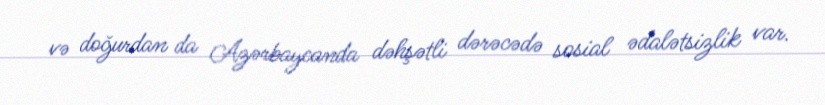
və doğurdan da Azərbaycanda dəhşətli dərəcədə sosial ədalətsizlik var.